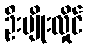
ဦးမျိုးလှိုင်